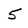
Character: 5